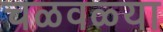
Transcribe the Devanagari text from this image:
चळवळ्या